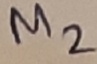
Text: M2